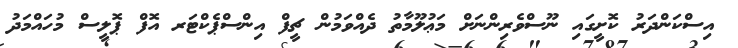
އިސްކަންދަރު ކޮށީގައި ނޫސްވެރިންނަށް މަޢުލޫމާތު ދެއްވަމުން ޗީފް އިންސްޕެކްޓަރ އޮފް ޕޮލީސް މުހައްމަދު